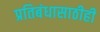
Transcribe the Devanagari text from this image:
प्रतिबंधासाठीही